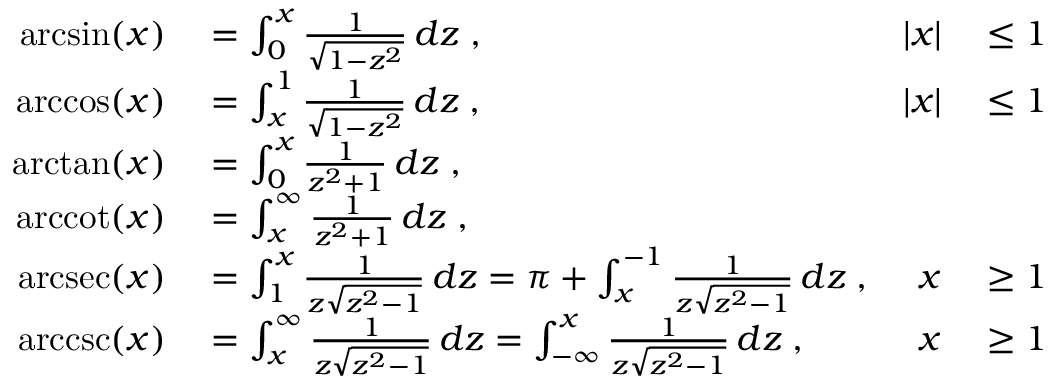
\begin{array} { r l r l } { \arcsin ( x ) } & { { } { } = \int _ { 0 } ^ { x } { \frac { 1 } { \sqrt { 1 - z ^ { 2 } } } } \, d z \; , } & { | x | } & { { } { } \leq 1 } \\ { \operatorname { a r c c o s } ( x ) } & { { } { } = \int _ { x } ^ { 1 } { \frac { 1 } { \sqrt { 1 - z ^ { 2 } } } } \, d z \; , } & { | x | } & { { } { } \leq 1 } \\ { \arctan ( x ) } & { { } { } = \int _ { 0 } ^ { x } { \frac { 1 } { z ^ { 2 } + 1 } } \, d z \; , } \\ { \operatorname { a r c c o t } ( x ) } & { { } { } = \int _ { x } ^ { \infty } { \frac { 1 } { z ^ { 2 } + 1 } } \, d z \; , } \\ { \operatorname { a r c s e c } ( x ) } & { { } { } = \int _ { 1 } ^ { x } { \frac { 1 } { z { \sqrt { z ^ { 2 } - 1 } } } } \, d z = \pi + \int _ { x } ^ { - 1 } { \frac { 1 } { z { \sqrt { z ^ { 2 } - 1 } } } } \, d z \; , } & { x } & { { } { } \geq 1 } \\ { \operatorname { a r c c s c } ( x ) } & { { } { } = \int _ { x } ^ { \infty } { \frac { 1 } { z { \sqrt { z ^ { 2 } - 1 } } } } \, d z = \int _ { - \infty } ^ { x } { \frac { 1 } { z { \sqrt { z ^ { 2 } - 1 } } } } \, d z \; , } & { x } & { { } { } \geq 1 } \end{array}